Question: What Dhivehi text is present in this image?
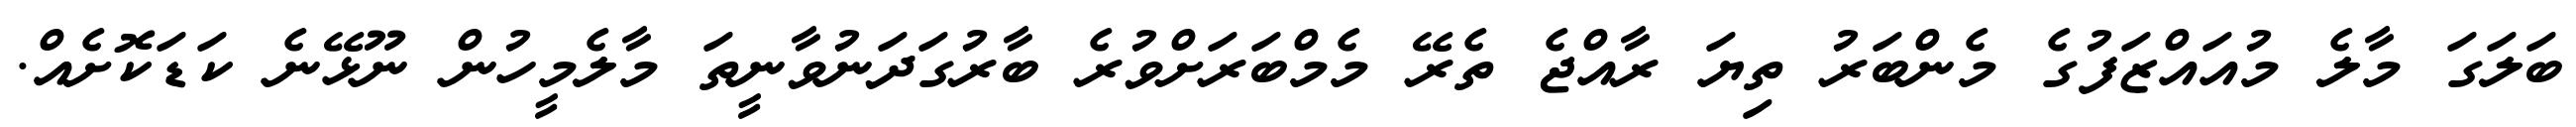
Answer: ބަލަގަ މާލެ މުއައްޒަފުގެ މެންބަރު ތިޔަ ރާއްޖެ ތެރޭ މެމްބަރަށްވުރެ ބާރުގަދަނުވާނީތަ މާލެމީހުން ނޫޅޭނެ ކަޑަކޮށެއް.